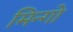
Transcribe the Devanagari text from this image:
मिन्गो